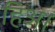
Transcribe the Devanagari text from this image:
हिअ।